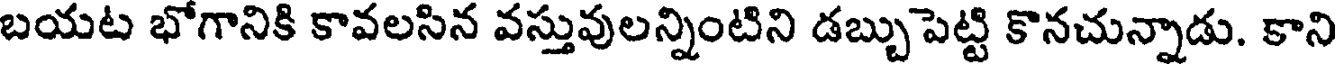
బయట భోగానికి కావలసిన వస్తువులన్నింటిని డబ్బుపెట్టి కొనచున్నాడు. కాని